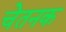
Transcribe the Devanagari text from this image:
चेतनक